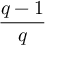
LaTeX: \frac { q - 1 } { q }